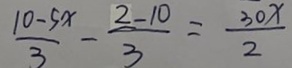
\frac { 1 0 - 5 x } { 3 } - \frac { 2 - 1 0 } { 3 } = \frac { 3 0 x } { 2 }